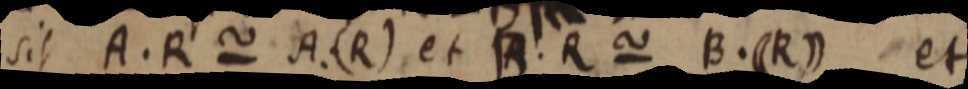
sit A. R ~ A (R) et B. R ~ B. ((R)) et